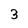
Character: 3